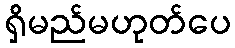
ရှိမည်မဟုတ်ပေ